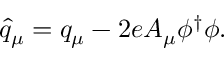
\hat { q } _ { \mu } = { q } _ { \mu } - 2 e A _ { \mu } \phi ^ { \dagger } \phi .